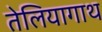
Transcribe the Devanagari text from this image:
तेलियागाथ